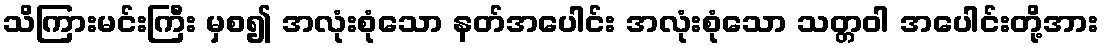
သိကြားမင်းကြီး မှစ၍ အလုံးစုံသော နတ်အပေါင်း အလုံးစုံသော သတ္တဝါ အပေါင်းတို့အား